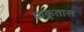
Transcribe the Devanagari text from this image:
प्राकृतास